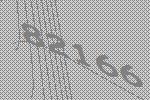
82166